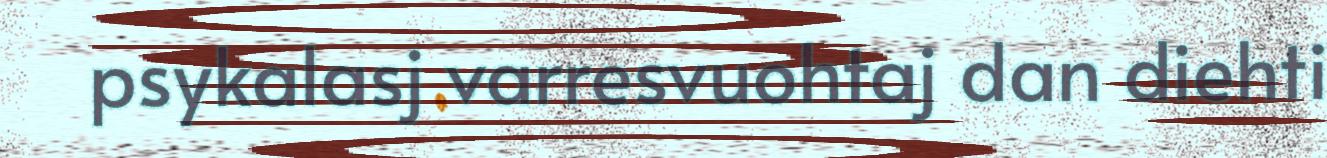
psykalasj varresvuohtaj dan diehti